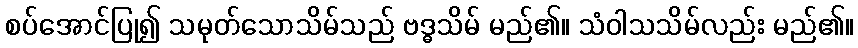
စပ်အောင်ပြု၍ သမုတ်သောသိမ်သည် ဗဒ္ဓသိမ် မည်၏။ သံဝါသသိမ်လည်း မည်၏။